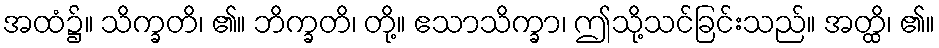
အထံ၌။ သိက္ခတိ၊ ၏။ ဘိက္ခတိ၊ တို့။ ဧသာသိက္ခာ၊ ဤသို့သင်ခြင်းသည်။ အတ္ထိ၊ ၏။